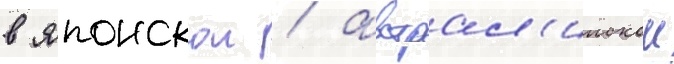
в японскои / австрал'иискои